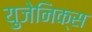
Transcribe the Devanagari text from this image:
युजेनिक्स